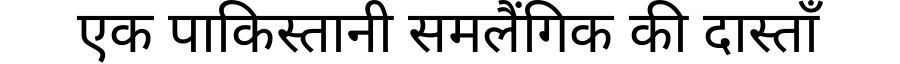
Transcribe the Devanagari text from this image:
एक पाकिस्तानी समलैंगिक की दास्ताँ